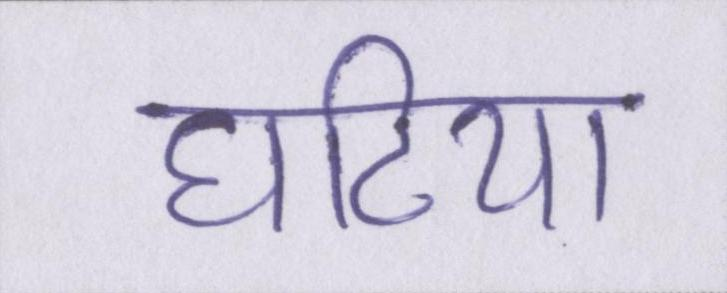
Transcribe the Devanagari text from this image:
घटिया